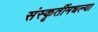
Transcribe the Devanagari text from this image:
संस्कृतींमधल्या